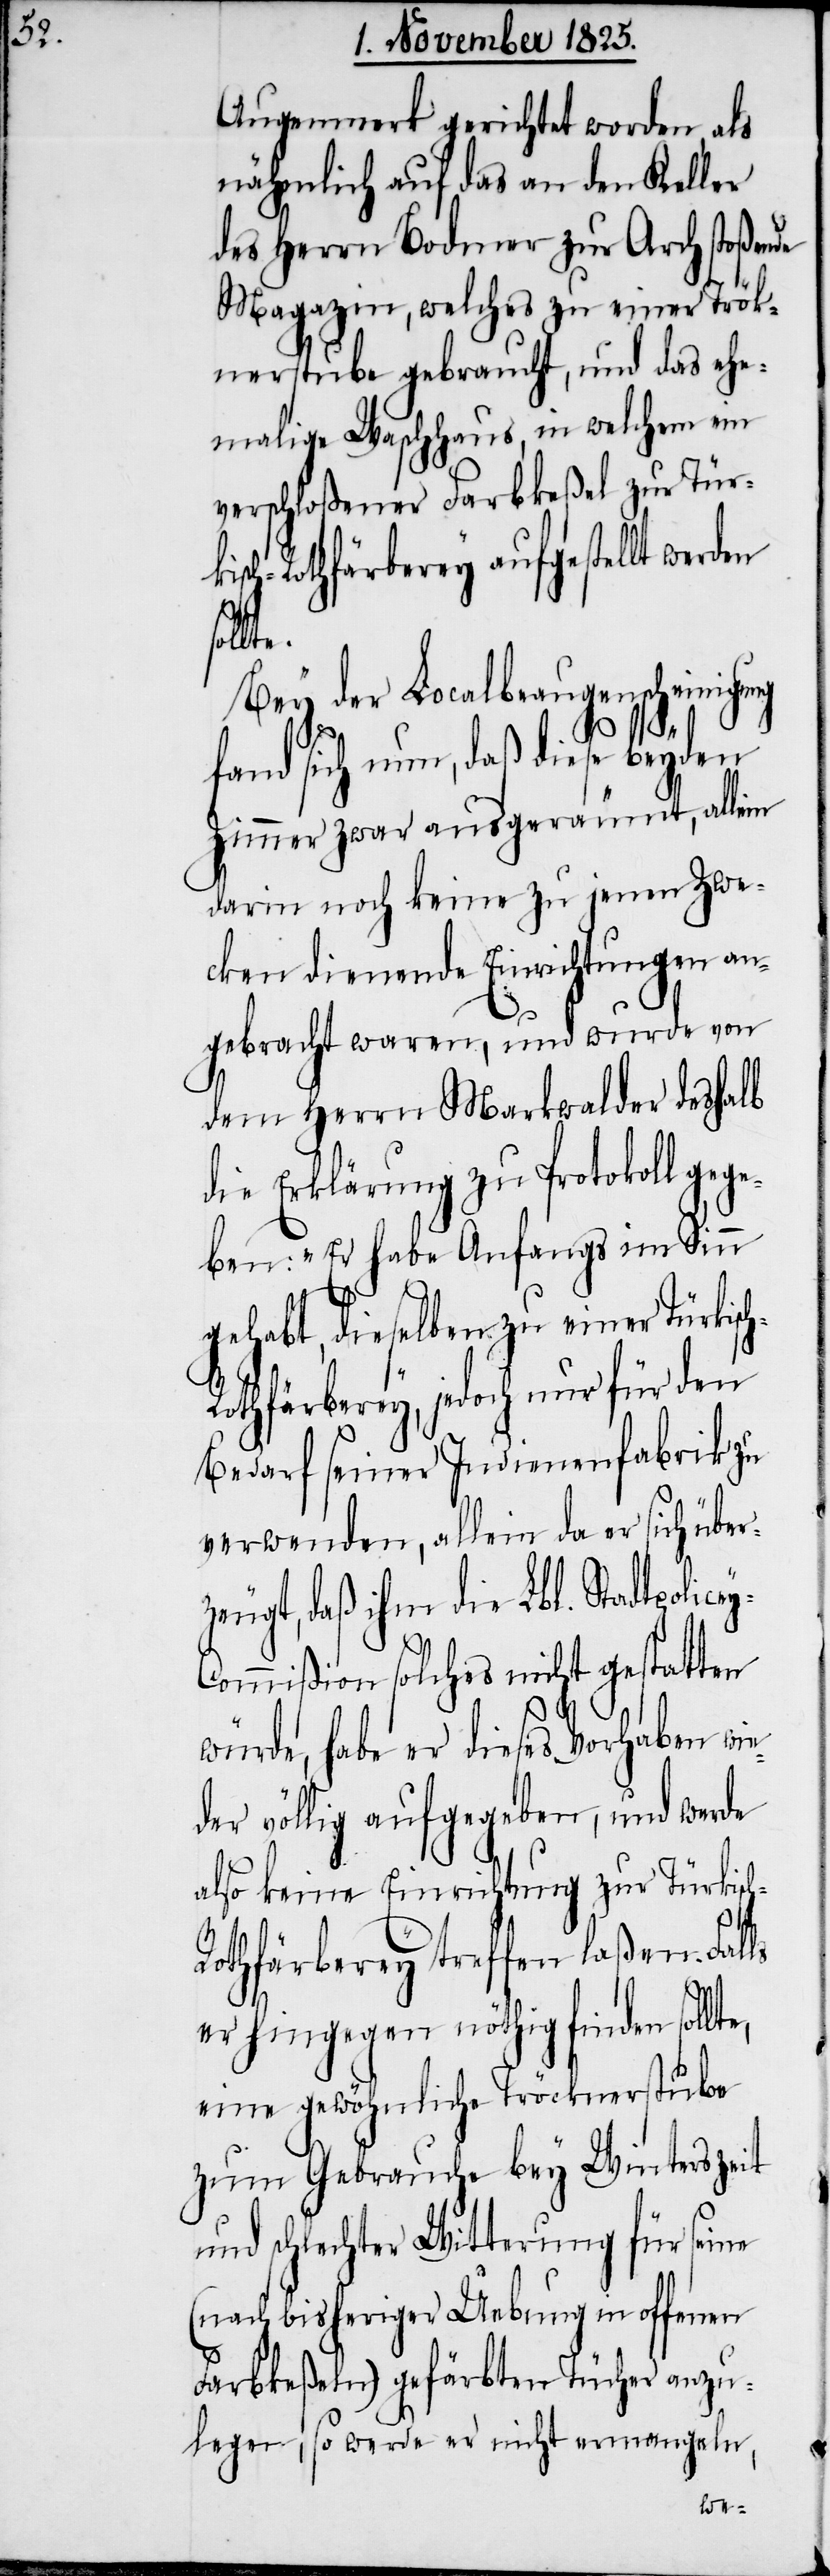
Augenmerk gerichtet worden, als
nähmlich auf das an den Keller
des Herrn Bodmer zur Arch stoßende
Magazin, welches zu einer Trök¬
nerstube gebraucht, und das ehe¬
malige Wachhaus, in welchem ein
verschloßener Farbkeßel zur Türk¬
isch-Rothfärberey aufgestellt werden
soll¬
Bey der Localbeaugenscheinigung
te,
fand sich nun, daß diese beyden
Zimmer zwar ausgeräumt, allein
darin noch keine zu jenen Zwe¬
cken dienende Einrichtungen an¬
gebracht waren, und wurde von
dem Herrn Markwalder deshalb
die Erklärung zu Protokoll geg¬
eben: „Er habe Anfangs im Sinn
gehabt, dieselben zu einer Türkisc¬
othfärberey, jedoch nur für den
bedarf seiner Indienenfabrik zu
verwenden, allein da er sich über¬
zeugt, daß ihm die Lbl. Stadtpolic¬
ommißion solches nicht gestatten
würde, habe er dieses Vorhaben wi¬
der völlig aufgegeben, und werde
also keine Einrichtung zur Türkisc¬
othfärberey treffen laßen. Falls
er hingegen nöthig finden soll¬
eine gewöhnliche Tröcknerstube
zum Gebrauche bey Winterzeit
und schlechter Witterung für seine
(nach bisheriger Uebung in offenen
Farbkeßeln) gefärbten Tücher anzu¬
legen, so werde er nicht ermangeln,
h-R¬